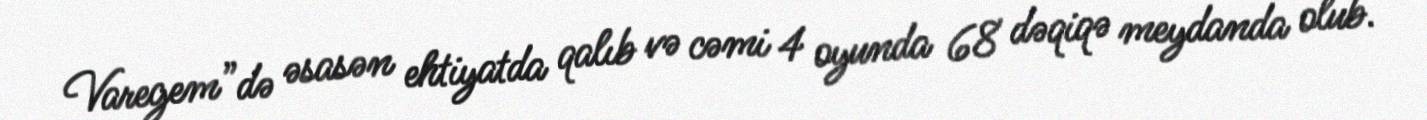
Varegem”də əsasən ehtiyatda qalıb və cəmi 4 oyunda 68 dəqiqə meydanda olub.